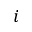
i